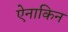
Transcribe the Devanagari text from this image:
ऐनाकिन